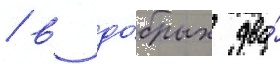
/ в до́брых два́